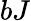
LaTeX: bJ